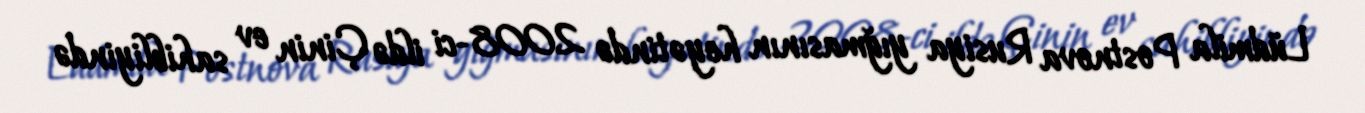
Lüdmila Postnova Rusiya yığmasının heyətində 2008-ci ildə Çinin ev sahibliyində